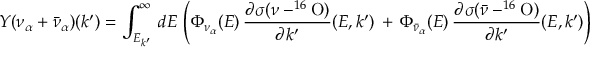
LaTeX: Y ( \nu _ { \alpha } + \bar { \nu } _ { \alpha } ) ( k ^ { \prime } ) = \int _ { E _ { k ^ { \prime } } } ^ { \infty } \, d E \, \left( \Phi _ { \nu _ { \alpha } } ( E ) \, \frac { { \partial \sigma } ( \nu - ^ { 1 6 } \mathrm { O } ) } { \partial k ^ { \prime } } ( E , k ^ { \prime } ) \, + \, \Phi _ { \bar { \nu } _ { \alpha } } ( E ) \, \frac { { \partial \sigma } ( \bar { \nu } - ^ { 1 6 } \mathrm { O } ) } { \partial k ^ { \prime } } ( E , k ^ { \prime } ) \right)